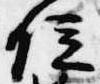
位